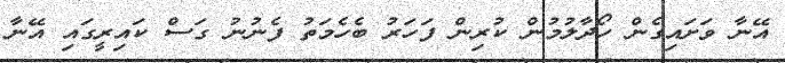
އޭނާ ވަށައިގެން ހޯދާލުމުން ކުރިން ފަހަރު ބެހެމަތު ފެނުނު ގަސް ކައިރީގައި އޭނާ